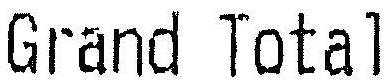
GRAND TOTAL